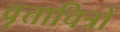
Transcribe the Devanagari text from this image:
वृत्ताचित्रों